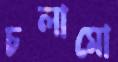
চলামো